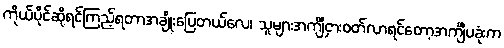
ကိုယ်ပိုင်ဆိုရင်ကြည့်ရတာအချိုးပြေတယ်လေ၊ သူများအင်္ကျီငှားဝတ်လာရင်တော့အင်္ကျီပခုံးက